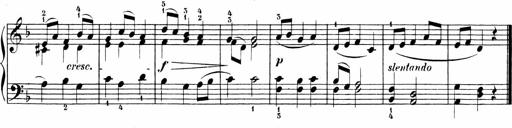
Title: 6 Sonatinas
Composer: Carl Reinecke